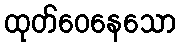
ထုတ်ဝေနေသော